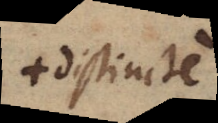
+ distincte